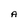
Character: A